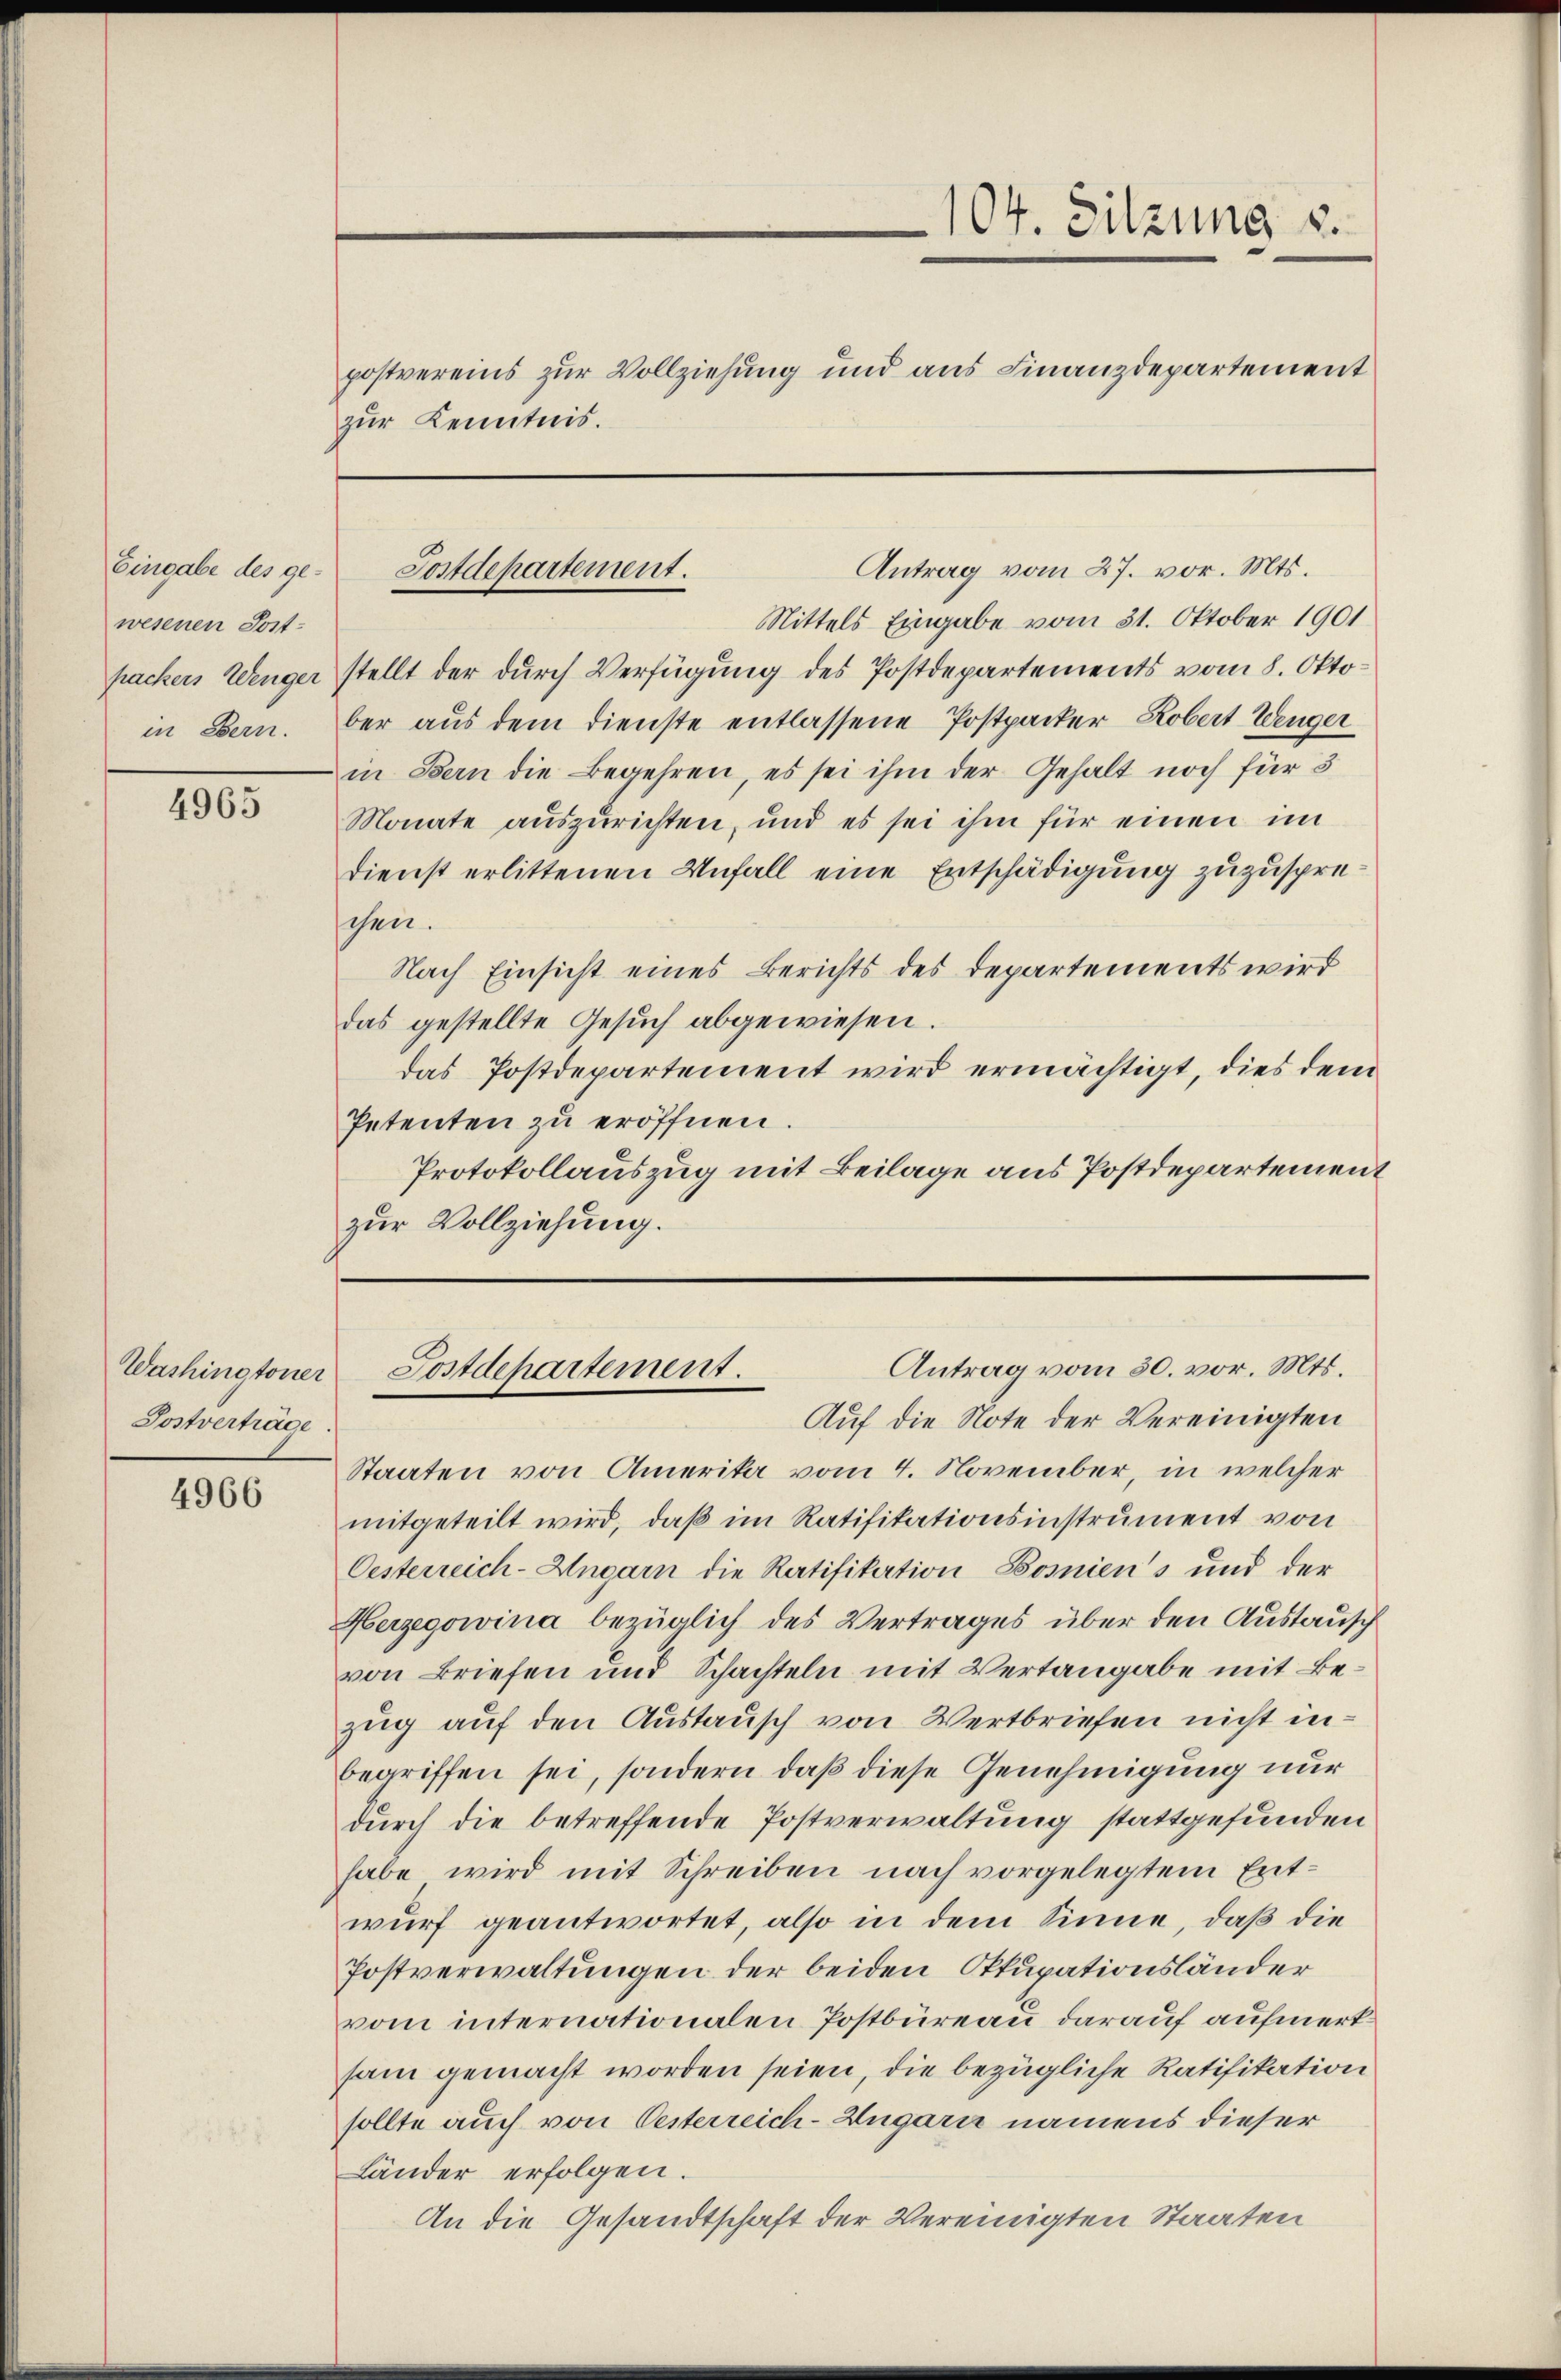
Eingabe des gewesenen Posthackers Wenger
in Bern.

4965

Washingtoner
Postverträge

4966

zur Kenntnis.

Postdepartement.

104. Sitzung u.
postvereins zur Vollziehung und aus Finanzdepartement

Mittels Eingabe vom 31. Oktober 1901
stellt der durch Verfügung des Postdepartements vom 8. Oktober aus dem Dienste entlassene Postpacker, Robert Wenger
in Bern die Begehren, es sei ihm der Gehalt noch für 3
Monate auszurichten, und es sei ihm für einen im
dienst erlittenen Unfall eine Entschädigung zuzuspreschen.
Nach Einsicht eines Berichts des Departements wird
das gestellte Gesuch abgewiesen.
das Postdepartement wird ermächtigt, dies dem
Petenten zu eröffnen
Protokollauszug mit Beilage aus Postdepartement
zur Vollziehung.

Antrag vom 27. vor. Mts.

Antrag vom 30. vor. Mts.
Postdepartement.

Auf die Note der Vereinigten
Staaten von Amerika vom 4. November, in welcher
mitgeteilt wird, daß im Ratifikationsinstrument von
Oesterreich-Ungarn die Ratifikation Bosnien's und der
Herzegowina bezüglich des Vertrages über den Austausch
von Briefen und Schachteln mit Vertangabe mit Bezug auf den Austausch von Wertbriefen nicht inbegriffen sei, sondern, daß diese Genehmigung nur
durch die betreffende Postverwaltung stattgefunden
habe wird mit Schreiben nach vorgelegtem Entwurf geantwortet, also in dem Sinne, daß die
Postverwaltungen der beiden Okkupationsländer
vom internationalen Postbüreau darauf aufmerksam gemacht worden seien, die bezügliche Ratifikation
sollte auch von Oesterreich-Ungarn namens dieser
Länder erfolgen.
An die Gesandtschaft der Vereinigten Staaten